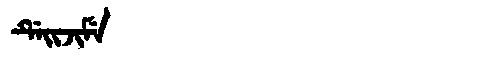
Manchu: ᡩᡝᡳᠵᡳᠮᡝ
Romanization: DEIJIME